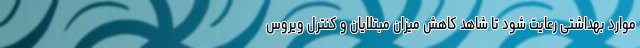
موارد بهداشتی رعایت شود تا شاهد کاهش میزان مبتلایان و کنترل ویروس